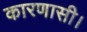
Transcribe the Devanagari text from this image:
कारणासी।